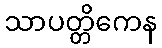
သာပတ္တိကေန